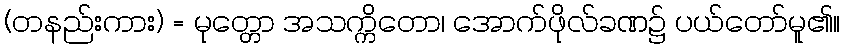
(တနည်းကား) = မုတ္တော အသက္ကိတော၊ အောက်ဖိုလ်ခဏ၌ ပယ်တော်မူ၏။